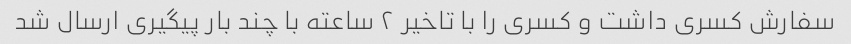
سفارش کسری داشت و کسری را با تاخیر ۲ ساعته با چند بار پیگیری ارسال شد